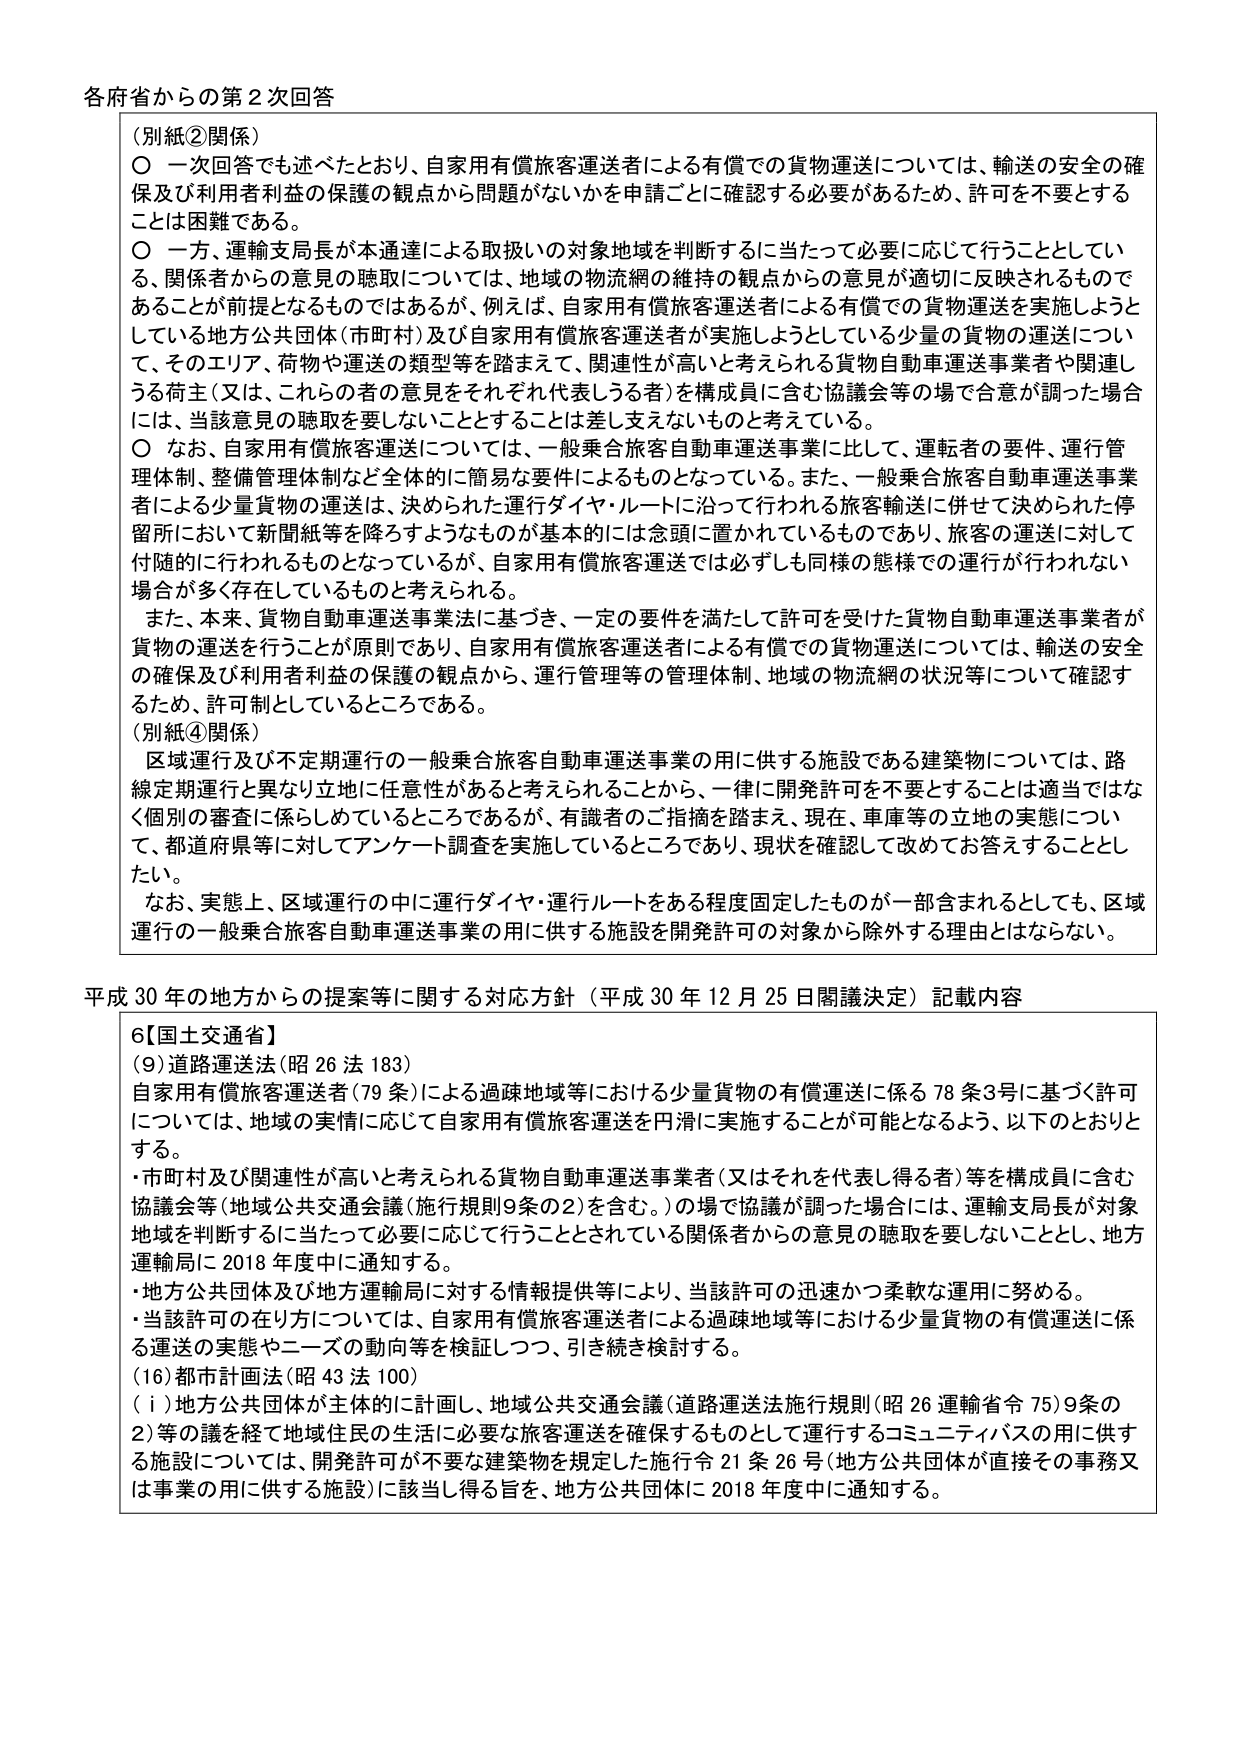
各府省からの第2次回答

（別紙②関係）
○ 一次回答でも述べたとおり、自家用有償旅客運送者による有償での貨物運送については、輸送の安全の確保及び利用者利益の保護の観点から問題がないかを申請ごとに確認する必要があるため、許可を不要とすることは困難である。
○ 一方、運輸支局長が本通達による取扱いの対象地域を判断するに当たって必要に応じて行うこととしている、関係者からの意見の聴取については、地域の物流網の維持の観点からの意見が適切に反映されるものであることが前提となるものではあるが、例えば、自家用有償旅客運送者による有償での貨物運送を実施しようとしている地方公共団体（市町村）及び自家用有償旅客運送者が実施しようとしている少量の貨物の運送について、そのエリア、荷物や運送の類型等を踏まえて、関連性が高いと考えられる貨物自動車運送事業者や関連しうる荷主（又は、これらの者の意見をそれぞれ代表しうる者）を構成員に含む協議会等の場で合意が調った場合には、当該意見の聴取を要しないこととすることは差し支えないものと考えている。
○ なお、自家用有償旅客運送については、一般乗合旅客自動車運送事業に比して、運転者の要件、運行管理体制、整備管理体制など全体的に簡易な要件によるものとなっている。また、一般乗合旅客自動車運送事業者による少量貨物の運送は、決められた運行ダイヤ・ルートに沿って行われる旅客輸送に併せて決められた停留所において新聞紙等を降ろすようなものが基本的には念頭に置かれているものであり、旅客の運送に対して付随的に行われるものとなっているが、自家用有償旅客運送では必ずしも同様の態様での運行が行われない場合が多く存在しているものと考えられる。
　また、本来、貨物自動車運送事業法に基づき、一定の要件を満たして許可を受けた貨物自動車運送事業者が貨物の運送を行うことが原則であり、自家用有償旅客運送者による有償での貨物運送については、輸送の安全の確保及び利用者利益の保護の観点から、運行管理等の管理体制、地域の物流網の状況等について確認するため、許可制としているところである。

（別紙④関係）
　区域運行及び不定期運行の一般乗合旅客自動車運送事業の用に供する施設である建築物については、路線定期運行と異なり立地に任意性があると考えられることから、一律に開発許可を不要とすることは適当ではなく個別の審査に係らしめているところであるが、有識者のご指摘を踏まえ、現在、車庫等の立地の実態について、都道府県等に対してアンケート調査を実施しているところであり、現状を確認して改めてお答えすることとしたい。
　なお、実態上、区域運行の中に運行ダイヤ・運行ルートをある程度固定したものが一部含まれるとしても、区域運行の一般乗合旅客自動車運送事業の用に供する施設を開発許可の対象から除外する理由とはならない。

平成30年の地方からの提案等に関する対応方針（平成30年12月25日閣議決定）記載内容

6【国土交通省】
（9）道路運送法（昭26法183）
自家用有償旅客運送者（79条）による過疎地域等における少量貨物の有償運送に係る78条3号に基づく許可については、地域の実情に応じて自家用有償旅客運送を円滑に実施することが可能となるよう、以下のとおりとする。
・市町村及び関連性が高いと考えられる貨物自動車運送事業者（又はそれを代表し得る者）等を構成員に含む協議会等（地域公共交通会議（施行規則9条の2）を含む。）の場で協議が調った場合には、運輸支局長が対象地域を判断するに当たって必要に応じて行うこととしている関係者からの意見の聴取を要しないこととし、地方運輸局に2018年度中に通知する。
・地方公共団体及び地方運輸局に対する情報提供等により、当該許可の迅速かつ柔軟な運用に努める。
・当該許可の在り方については、自家用有償旅客運送者による過疎地域等における少量貨物の有償運送に係る運送の実態やニーズの動向等を検証しつつ、引き続き検討する。
（16）都市計画法（昭43法100）
（ⅰ）地方公共団体が主体的に計画し、地域公共交通会議（道路運送法施行規則（昭26運輸省令75）9条の2）等の議を経て地域住民の生活に必要な旅客運送を確保するものとして運行するコミュニティバスの用に供する施設については、開発許可が不要な建築物を規定した施行令21条26号（地方公共団体が直接その事務又は事業の用に供する施設）に該当し得る旨を、地方公共団体に2018年度中に通知する。